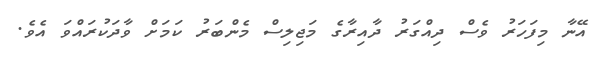
އޭނާ މިފަހަރު ވެސް ދިއްގަރު ދާއިރާގެ މަޖިލިސް މެންބަރު ކަމަށް ވާދަކުރައްވަ އެވެ.